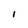
Character: i